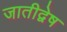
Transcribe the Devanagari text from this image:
जातीद्वेष